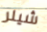
شيلر